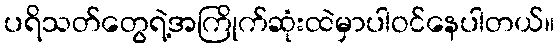
ပရိသတ်တွေရဲ့အကြိုက်ဆုံးထဲမှာပါဝင်နေပါတယ်။